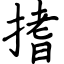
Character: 搘